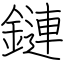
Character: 鏈